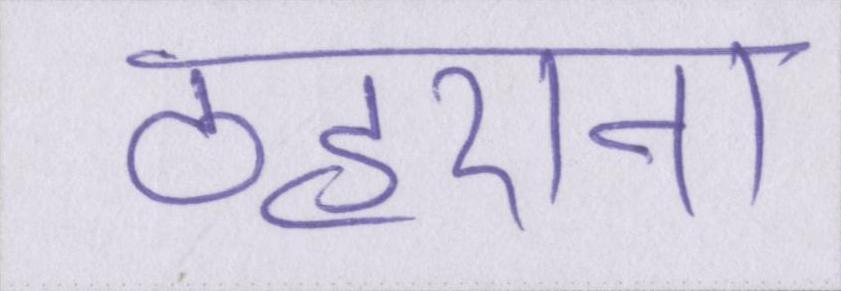
ठहराना